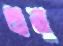
ধানু